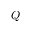
Q